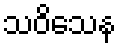
သဝိသေန